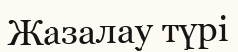
Жазалау түрі